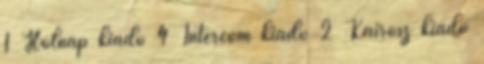
1 Holnap kiadó 4 Intercom kiadó 2 Kairosz kiadó